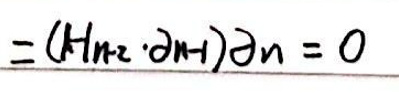
$=(\mu _{r2}\cdot \partial _{n1})\partial _{n}=0$